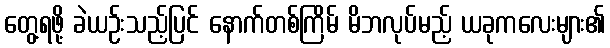
တွေ့ရဖို့ ခဲယဉ်းသည့်ပြင် နောက်တစ်ကြိမ် မိဘလုပ်မည့် ယခုကလေးများ၏